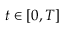
t \in [ 0 , T ]